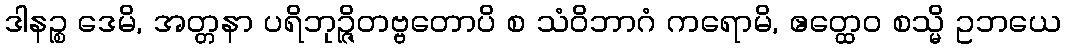
ဒါနဉ္စ ဒေမိ, အတ္တနာ ပရိဘုဉ္ဇိတဗ္ဗတောပိ စ သံဝိဘာဂံ ကရောမိ, ဧတ္ထေဝ စသ္မိ ဥဘယေ